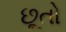
છૂતો